Problem: 29 + 1 = ?
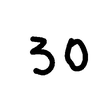
Handwritten answer: 30